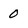
Character: 0